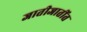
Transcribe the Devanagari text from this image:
जातीजातींत